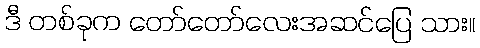
ဒီ တစ်ခုက တော်တော်လေးအဆင်ပြေ သား။